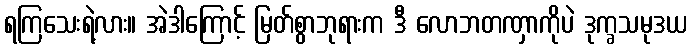
ရကြသေးရဲ့လား။ အဲဒါကြောင့် မြတ်စွာဘုရားက ဒီ လောဘတဏှာကိုပဲ ဒုက္ခသမုဒယ